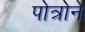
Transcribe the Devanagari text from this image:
पोत्रोने